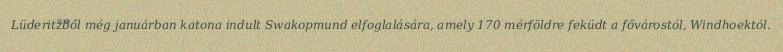
Lüderitzből még januárban katona indult Swakopmund elfoglalására, amely 170 mérföldre feküdt a fővárostól, Windhoektól.